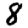
Digit: 8